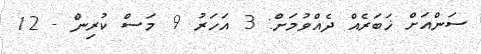
ސަންއަށް ޚަބަރެއް ދެއްވުމަށް: 3 އަހަރު 9 މަސް ކުރިން - 12